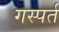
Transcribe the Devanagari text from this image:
गस्पर्त